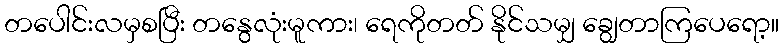
တပေါင်းလမှစပြီး တနွေလုံးမူကား၊ ရေကိုတတ် နိုင်သမျှ ချွေတာကြပေရော့။